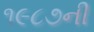
૧૯૮૭ની